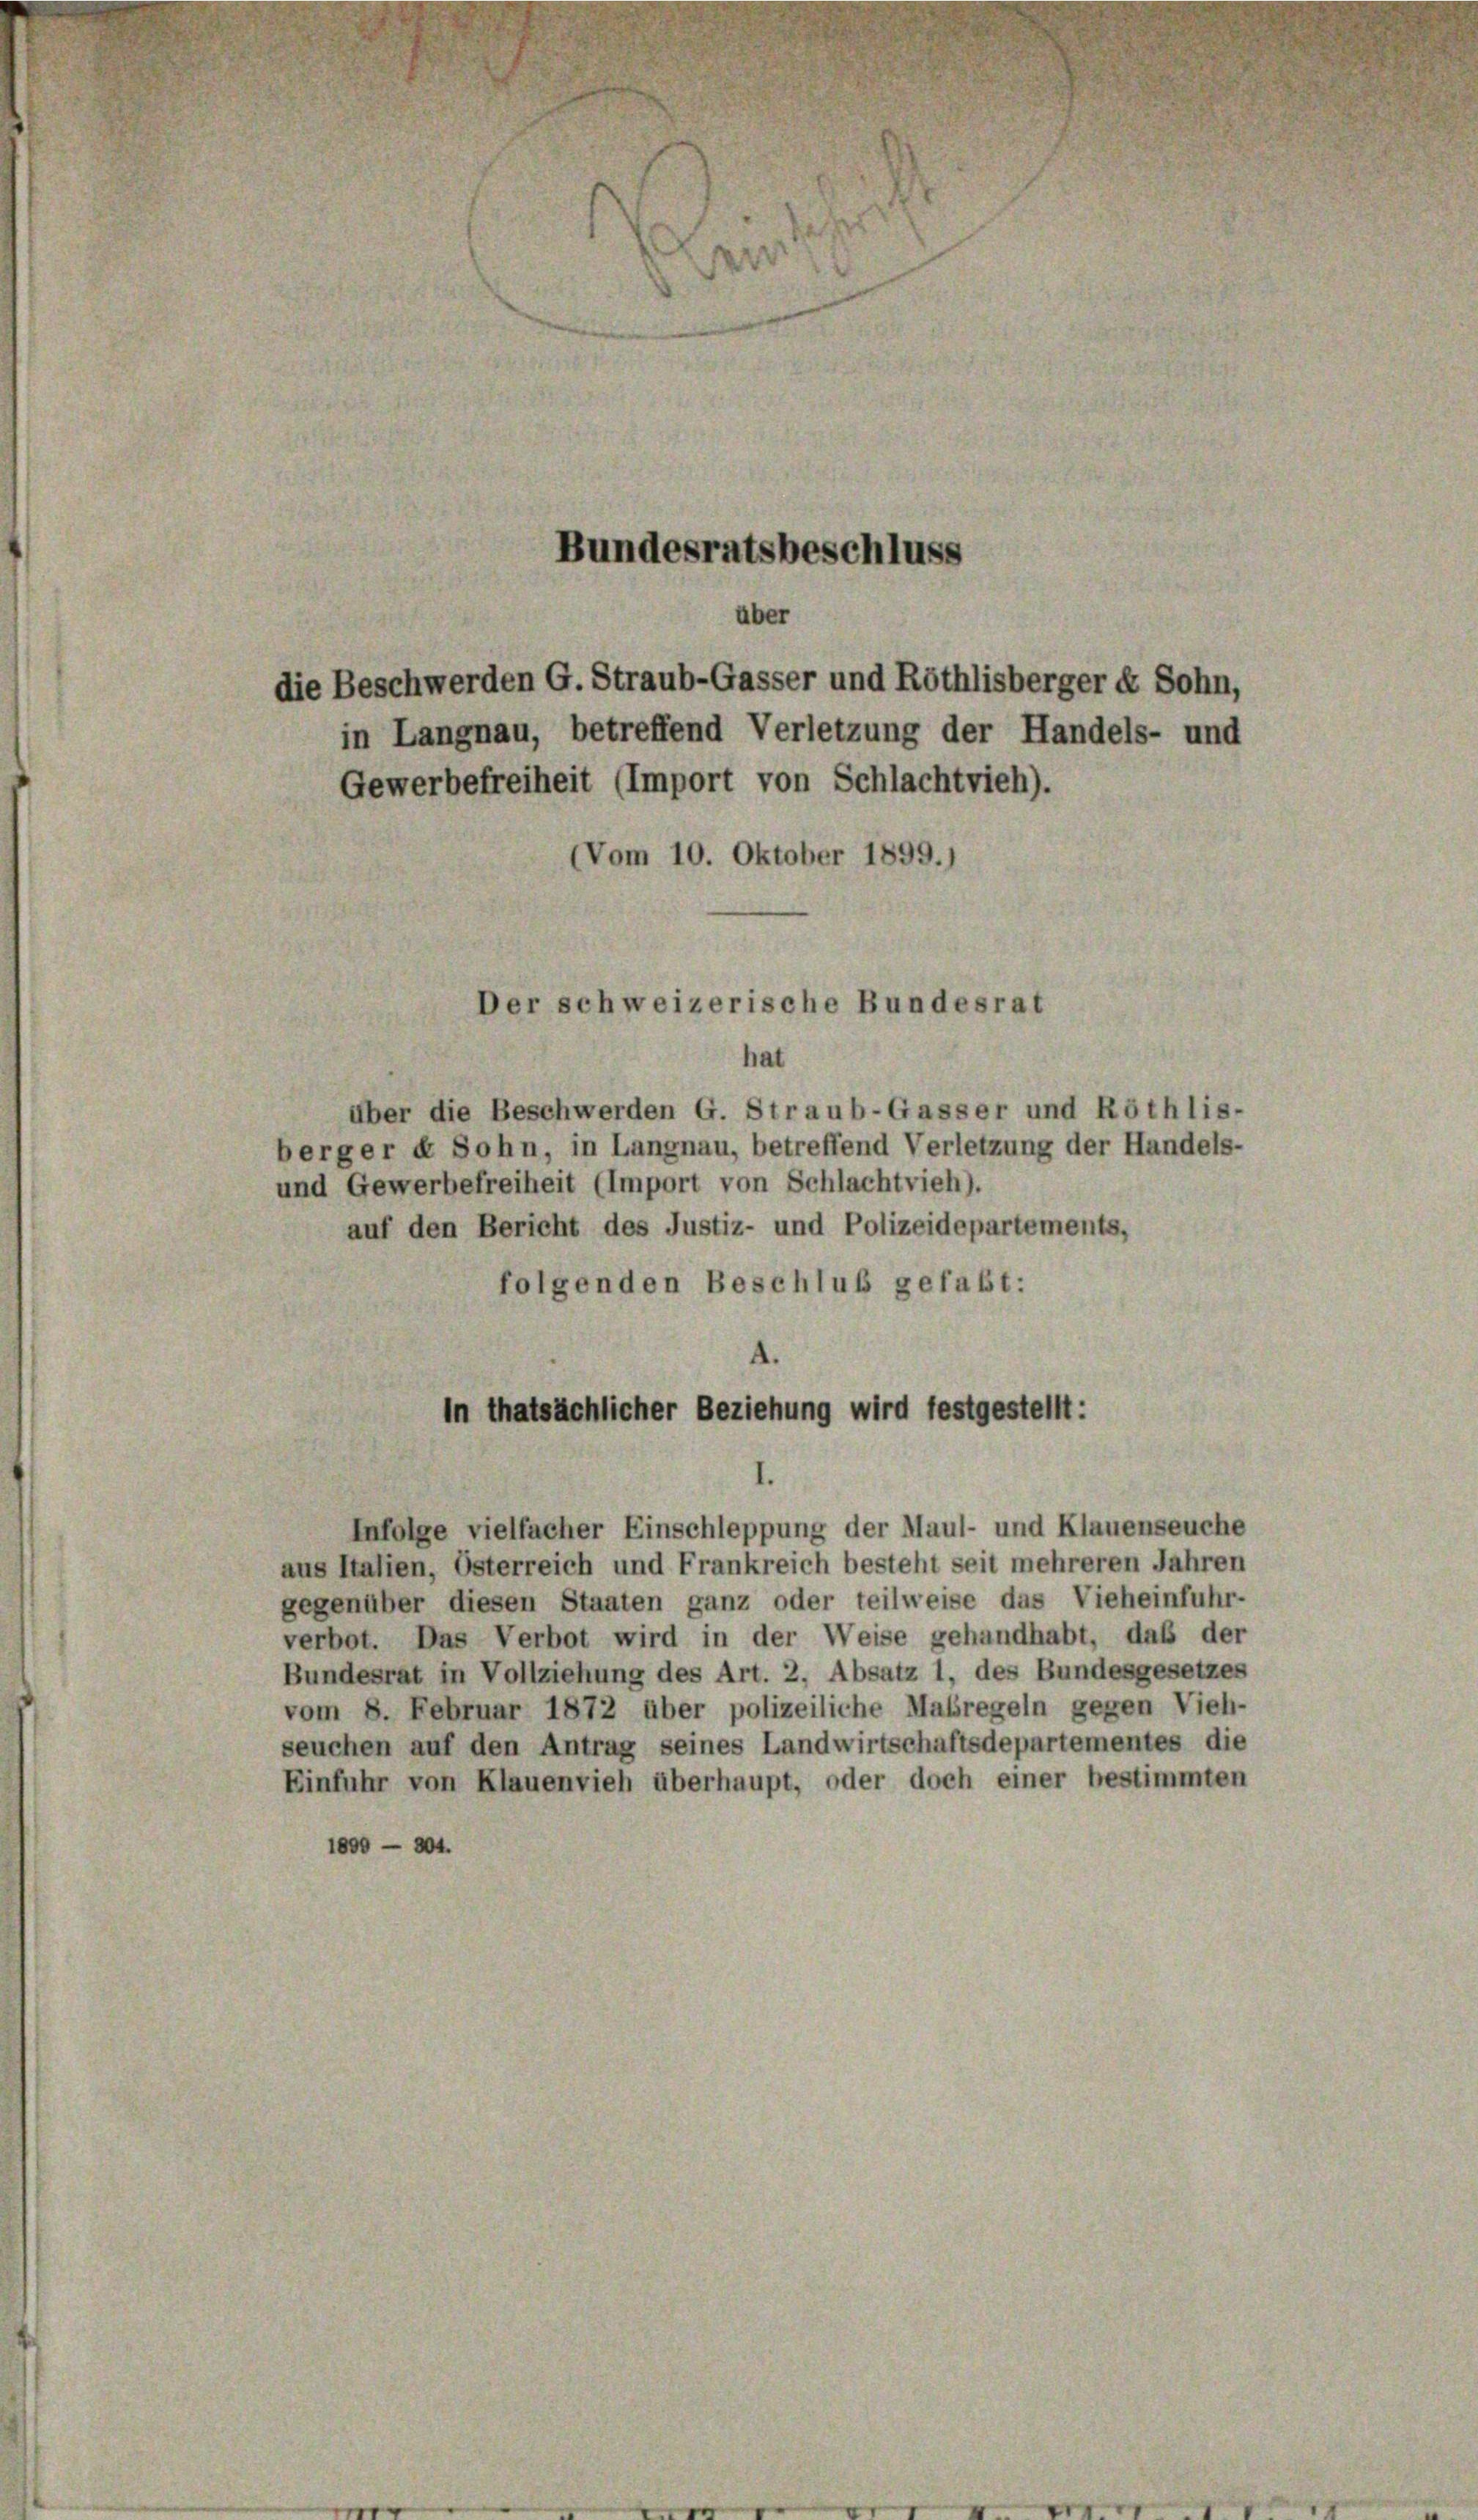
über
die Beschwerden G. Straub-Gasser und Röthlisberger + Sohn,
in Langnau, betreffend Verletzung der Handels- und
Gewerbefreiheit (Import von Schlachtvieh).
(Vom 10. Oktober 1899.)
hat
über die Beschwerden G. Straub-Gasser und Röthlis-
berger et Sohn, in Langnau, betreffend Verletzung der Handels-
und Gewerbefreiheit (Import von Schlachtvieh).
auf den Bericht des Justiz- und Polizeidepartements,
folgenden Beschluß gefaßt:
.
In thatsächlicher Beziehung wird festgestellt:
Infolge vielfacher Einschleppung der Maul- und Klauenseuche
aus Italien, Österreich und Frankreich besteht seit mehreren Jahren
gegenüber diesen Staaten ganz oder teilweise das Vieheinfuhr-
verbot. Das Verbot wird in der Weise gehandhabt, daß der
Bundesrat in Vollziehung des Art. 2, Absatz 1, des Bundesgesetzes
vom 8. Februar 1872 über polizeiliche Maßregeln gegen Vieh-
seuchen auf den Antrag seines Landwirtschaftsdepartementes die
Einfuhr von Klauenvieh überhaupt, oder doch einer bestimmten
1600 - 304.

Bundesratsbeschluss

Der schweizerische Bundesrat